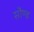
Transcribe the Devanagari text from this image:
सौण्ड